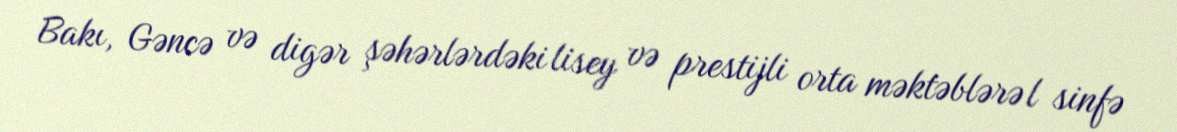
Bakı, Gəncə və digər şəhərlərdəki lisey və prestijli orta məktəblərə l sinfə